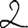
Digit: 2